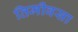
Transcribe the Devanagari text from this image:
तिमीवसा